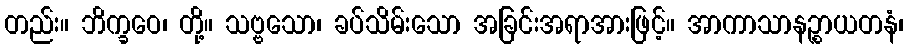
တည်း။ ဘိက္ခဝေ၊ တို့။ သဗ္ဗသော၊ ခပ်သိမ်းသော အခြင်းအရာအားဖြင့်။ အာကာသာနဉ္စာယတနံ၊